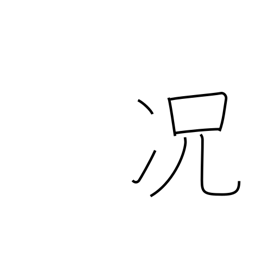
Meaning: still less